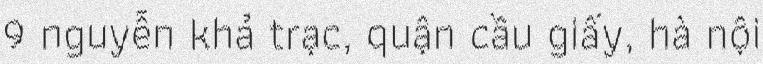
9 nguyễn khả trạc, quận cầu giấy, hà nội